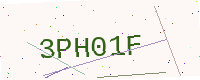
Text: 3PH01F